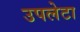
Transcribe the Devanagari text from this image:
उपलेटा